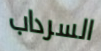
السرداب